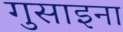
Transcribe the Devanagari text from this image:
गुसाइना